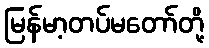
မြန်မာ့တပ်မတော်တို့